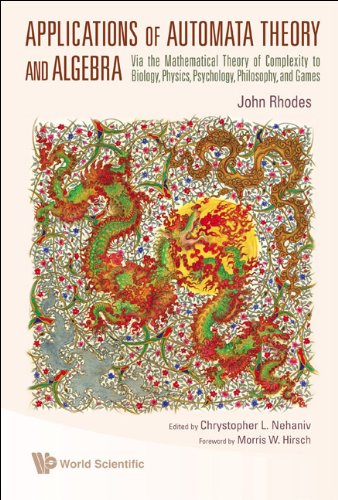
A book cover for Applications of Automata Theory and Algebra: Via the Mathematical Theory of Complexity to Biology, Physics, Psychology, Philosophy, and Games; John L. Rhodes; Science & Math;